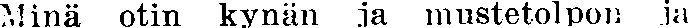
Minä otin kynän ja mustetolpon ja